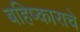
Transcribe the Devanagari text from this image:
बहिष्काराचे